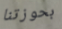
بحوزتنا